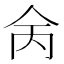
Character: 𠇮